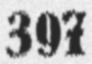
397